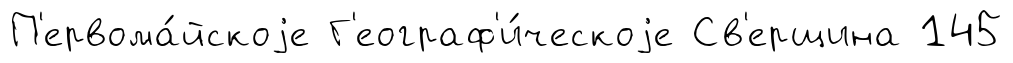
П'ервома́йскоjе Г'еограф'и́ческоjе Св'ерщина 145